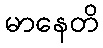
မာနေတိ